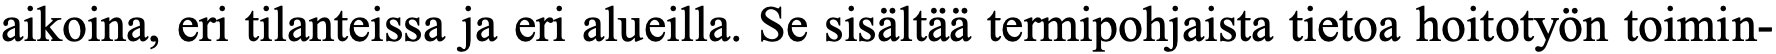
aikoina, eri tilanteissa ja eri alueilla. Se sisältää termipohjaista tietoa hoitotyön toimin-